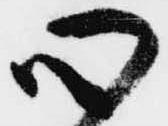
心